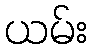
ယမ်း